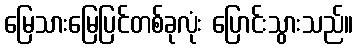
မြေသားမြေပြင်တစ်ခုလုံး ပြောင်းသွားသည်။